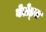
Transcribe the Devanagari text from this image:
बेलेड्स